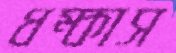
ধম্‌কাস